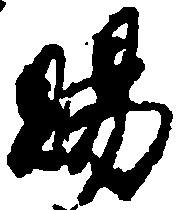
賜